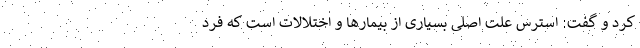
کرد و گفت: استرس علت اصلی بسیاری از بیمارها و اختلالات است که فرد